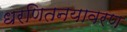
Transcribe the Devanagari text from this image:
धरणितनयावरण